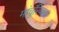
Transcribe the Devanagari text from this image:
मांचुरियाचा